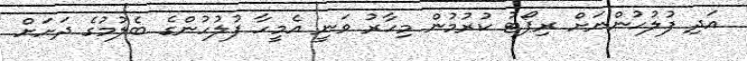
އަދި ފުލުހުންނަށް ރިޕޯޓު ކުރުމުން މިހާރު ވަނީ އެމީހާ ފުލުހުންގެ ބެލުމުގެ ދަށަށް